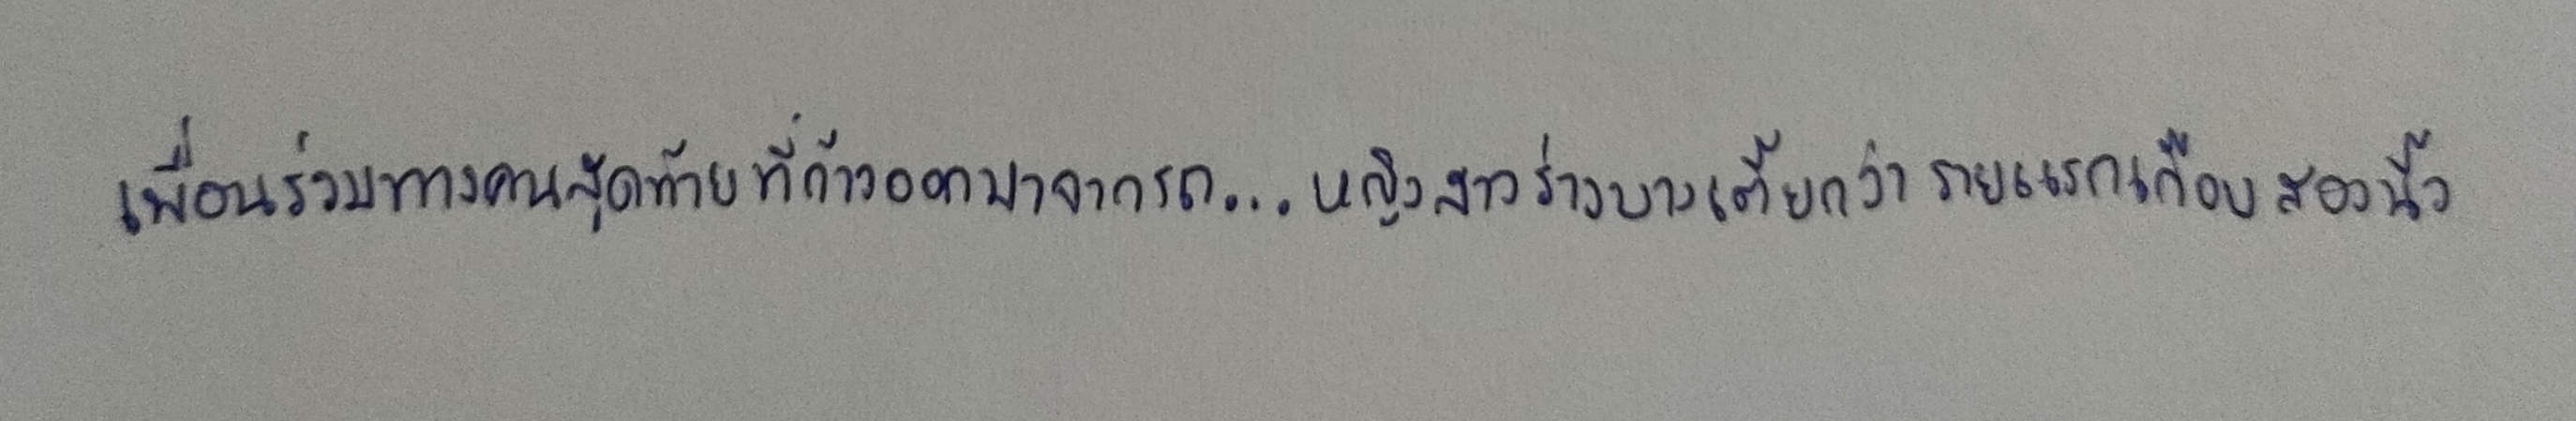
เพื่อนร่วมทางคนสุดท้ายที่ก้าวออกมาจากรถ...หญิงสาวร่างบางเตี้ยกว่ารายแรกเกือบสองนิ้ว